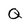
Character: Q